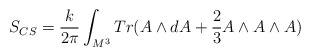
\begin{align*}S_{CS}=\frac{k}{2\pi }\int_{M^{3}}Tr(A\wedge dA+\frac{2}{3}A\wedge A\wedge A)\end{align*}